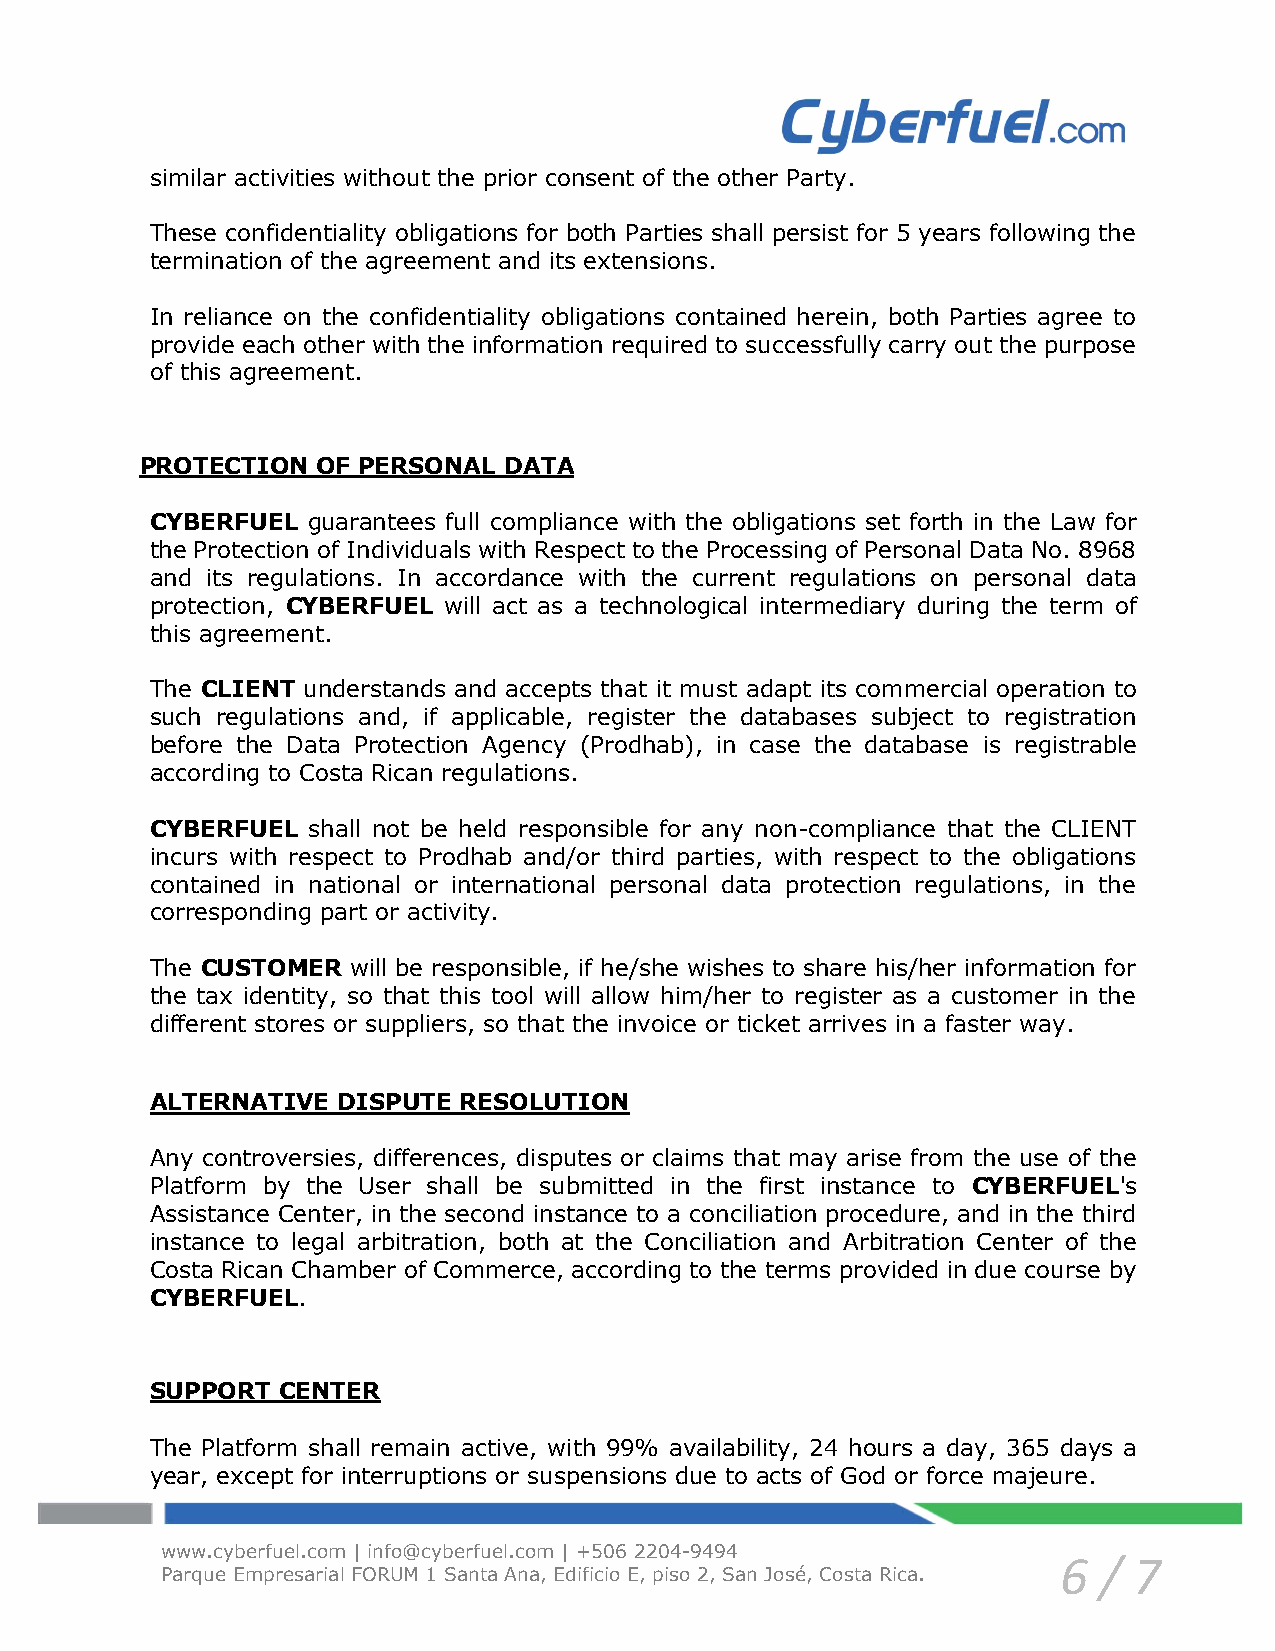
similar activities without the prior consent of the other Party.
 These confidentiality obligations for both Parties shall persist for 5 years following the
 termination of the agreement and its extensions.
 In reliance on the confidentiality obligations contained herein, both Parties agree to
 provide each other with the information required to successfully carry out the purpose
 of this agreement.
 PROTECTION  OF PERSONAL DATA
 CYBERFUEL guarantees full compliance with the obligations set forth in the Law for
 the Protection of Individuals with Respect to the Processing of Personal Data No. 8968
 and its regulations. In accordance with the current regulations on personal data
 protection, CYBERFUEL will act as a technological intermediary during the term of
 this agreement.
 The CLIENT understands and accepts that it must adapt its commercial operation to
 such regulations and, if applicable, register the databases subject to registration
 before the Data Protection Agency (Prodhab), in case the database is registrable
 according to Costa Rican regulations.
 CYBERFUEL shall not be held responsible for any non-compliance that the CLIENT
 incurs with respect to Prodhab and/or third parties, with respect to the obligations
 contained in national or international personal data protection regulations, in the
 corresponding part or activity.
 The CUSTOMER will be responsible, if he/she wishes to share his/her information for
 the tax identity, so that this tool will allow him/her to register as a customer in the
 different stores or suppliers, so that the invoice or ticket arrives in a faster way.
 ALTERNATIVE DISPUTE RESOLUTION
 Any controversies, differences, disputes or claims that may arise from the use of the
 Platform by the User shall be submitted in the first instance to CYBERFUEL's
 Assistance Center, in the second instance to a conciliation procedure, and in the third
 instance to legal arbitration, both at the Conciliation and Arbitration Center of the
 Costa Rican Chamber of Commerce, according to the terms provided in due course by
 CYBERFUEL.
 SUPPORT  CENTER
 The Platform shall remain active, with 99% availability, 24 hours a day, 365 days a
 year, except for interruptions or suspensions due to acts of God or force majeure.
 www.cyberfuel.com | info@cyberfuel.com | +506 2204-9494
 6  / 7
 Parque Empresarial FORUM 1 Santa Ana, Edificio E, piso 2, San José, Costa Rica.